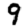
Digit: 9